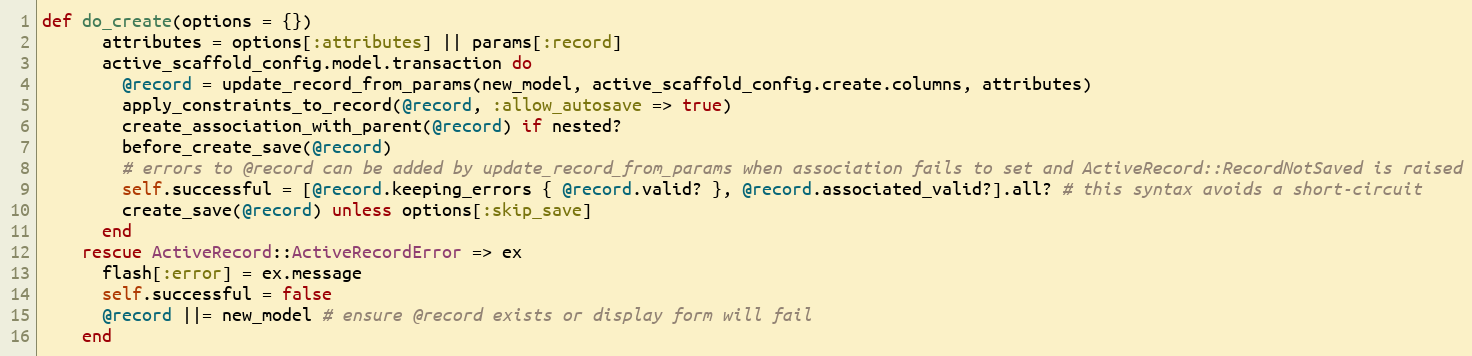
Language: Ruby
def do_create(options = {})
      attributes = options[:attributes] || params[:record]
      active_scaffold_config.model.transaction do
        @record = update_record_from_params(new_model, active_scaffold_config.create.columns, attributes)
        apply_constraints_to_record(@record, :allow_autosave => true)
        create_association_with_parent(@record) if nested?
        before_create_save(@record)
        # errors to @record can be added by update_record_from_params when association fails to set and ActiveRecord::RecordNotSaved is raised
        self.successful = [@record.keeping_errors { @record.valid? }, @record.associated_valid?].all? # this syntax avoids a short-circuit
        create_save(@record) unless options[:skip_save]
      end
    rescue ActiveRecord::ActiveRecordError => ex
      flash[:error] = ex.message
      self.successful = false
      @record ||= new_model # ensure @record exists or display form will fail
    end